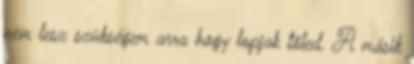
nem lesz szükségem arra hogy lopjak tőled. A másik